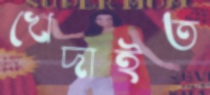
খেদাইত